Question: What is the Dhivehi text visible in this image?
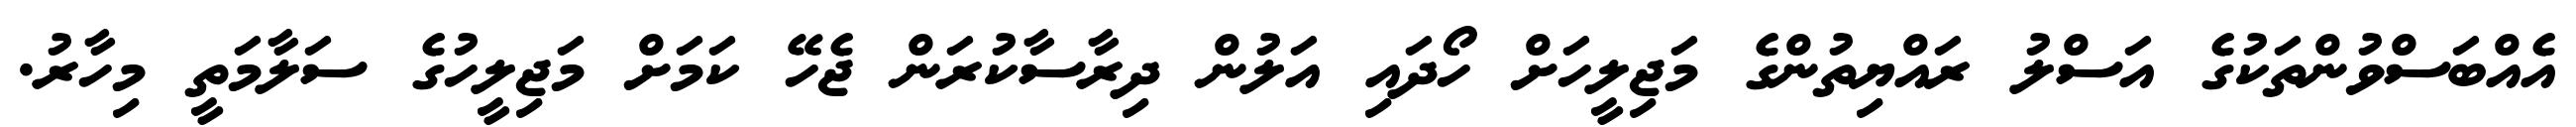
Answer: އެއްބަސްވުންތަކުގެ އަސްލު ރައްޔިތުންގެ މަޖިލީހަށް ހޯދައި އަލުން ދިރާސާކުރަން ޖެހޭ ކަމަށް މަޖިލީހުގެ ސަލާމަތީ މިހާރު.